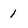
Character: 1